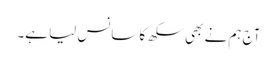
آج ہم نے بھی سکھ کا سانس لیا ہے۔